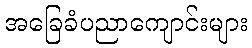
အခြေခံပညာကျောင်းများ